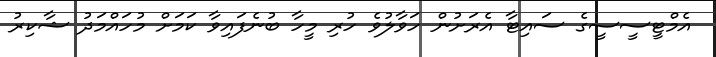
އެމްޓީސީސީގެ ސައިޓާ އެރަށުން ހަވާލުވެ ހުރި މީހާ ބުނެފައިވާ ކަމަށް މުހައްމަދު ޝާކިރު